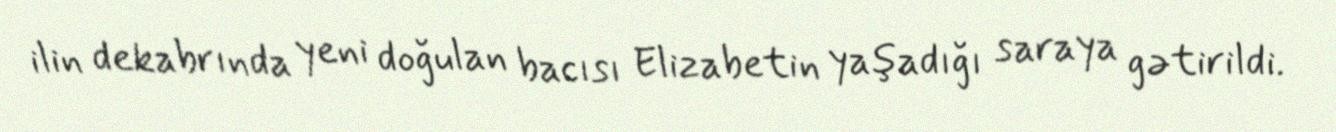
ilin dekabrında yeni doğulan bacısı Elizabetin yaşadığı saraya gətirildi.